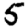
Digit: 5